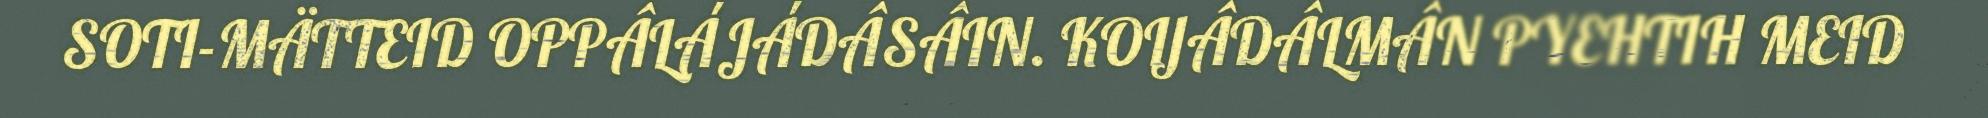
SOTI-MÄTTEID OPPÂLÁJÁDÂSÂIN. KOIJÂDÂLMÂN PYEHTIH MEID